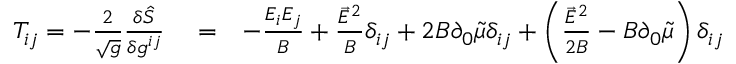
\begin{array} { r l r } { T _ { i j } = - \frac { 2 } { \sqrt { g } } \frac { \delta \hat { S } } { \delta g ^ { i j } } } & { { } = } & { - \frac { E _ { i } E _ { j } } { B } + \frac { \vec { E } ^ { 2 } } { B } \delta _ { i j } + 2 B \partial _ { 0 } \tilde { \mu } \delta _ { i j } + \left( \frac { \vec { E } ^ { 2 } } { 2 B } - B \partial _ { 0 } \tilde { \mu } \right) \delta _ { i j } } \end{array}